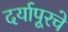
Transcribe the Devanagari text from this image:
दर्यापूरचे